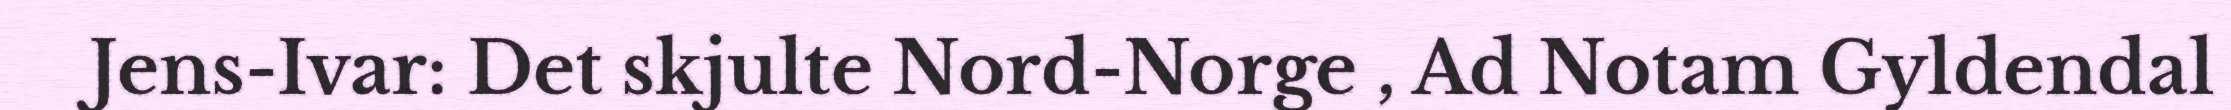
Jens-Ivar: Det skjulte Nord-Norge , Ad Notam Gyldendal